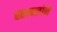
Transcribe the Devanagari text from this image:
स्तललोने